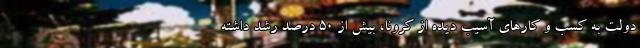
دولت به کسب و کارهای آسیب دیده از کرونا، بیش از ۵۰ درصد رشد داشته